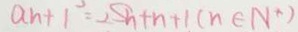
a _ { h } + 1 ^ { 2 } = 2 S h + n + 1 ( n \in N ^ { \ast } )